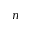
n